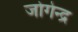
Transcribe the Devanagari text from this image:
जोगेन्द्र